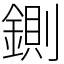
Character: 鍘